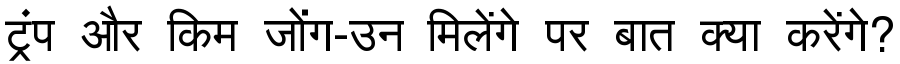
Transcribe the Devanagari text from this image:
ट्रंप और किम जोंग-उन मिलेंगे पर बात क्या करेंगे?